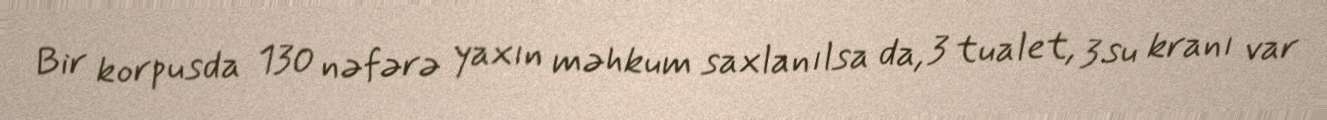
Bir korpusda 130 nəfərə yaxın məhkum saxlanılsa da, 3 tualet, 3 su kranı var